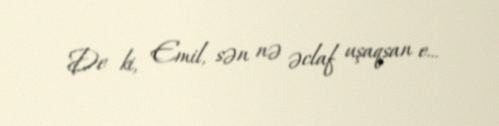
De ki, Emil, sən nə əclaf uşaqsan e...